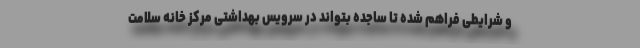
و شرایطی فراهم شده تا ساجده بتواند در سرویس بهداشتی مرکز خانه سلامت